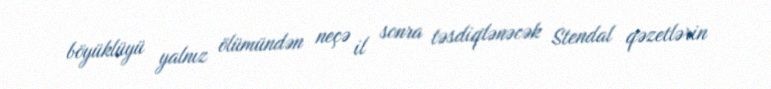
böyüklüyü yalnız ölümündən neçə il sonra təsdiqlənəcək Stendal qəzetlərin